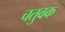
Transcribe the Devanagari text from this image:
चतुवक